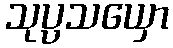
သုပ္ပသယှော